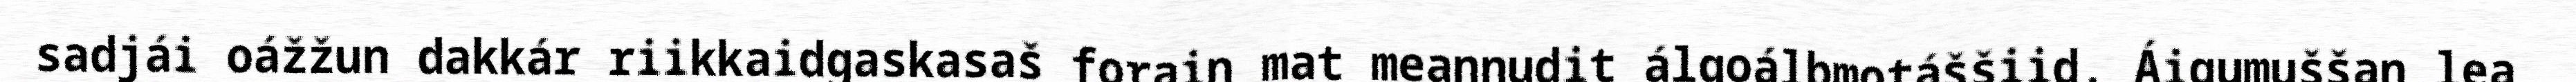
sadjái oážžun dakkár riikkaidgaskasaš forain mat meannudit álgoálbmotáššiid. Áigumuššan lea